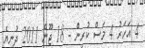
4 އަހަރު 4 މަސް ކުރިން - 18 ޖޫން 2011 ދުނިޔެ